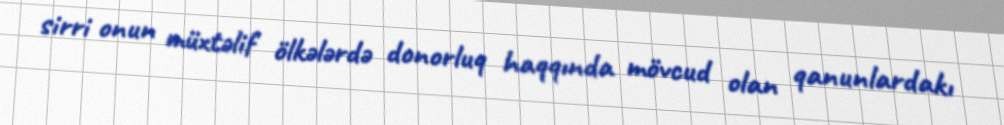
sirri onun müxtəlif ölkələrdə donorluq haqqında mövcud olan qanunlardakı